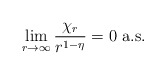
\begin{align*}\lim_{r\to\infty} \frac{\chi_{r}}{r^{1-\eta}} = 0 \mbox{ a.s.}\end{align*}